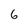
Character: 6